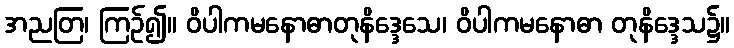
အညတြ၊ ကြဉ်၍။ ဝိပါကမနောဓာတုနိဒ္ဒေသေ၊ ဝိပါကမနောဓာ တုနိဒ္ဒေသ၌။